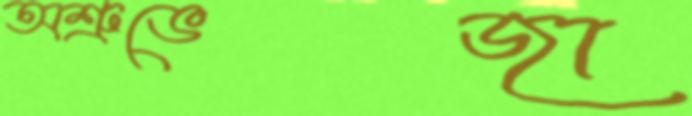
অশ্রুভেজা